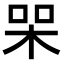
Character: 𭩸